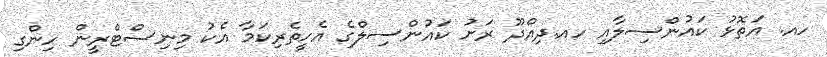
ހއ. އަތޮޅު ކައުންސިލާއި ހއ.ދިއްދޫ ރަށު ކައުންސިލްގެ އެހީތެރިކަމާ އެކު މިނިސްޓްރީން ހިންގި